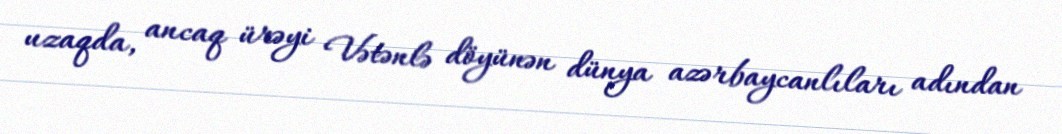
uzaqda, ancaq ürəyi Vətənlə döyünən dünya azərbaycanlıları adından